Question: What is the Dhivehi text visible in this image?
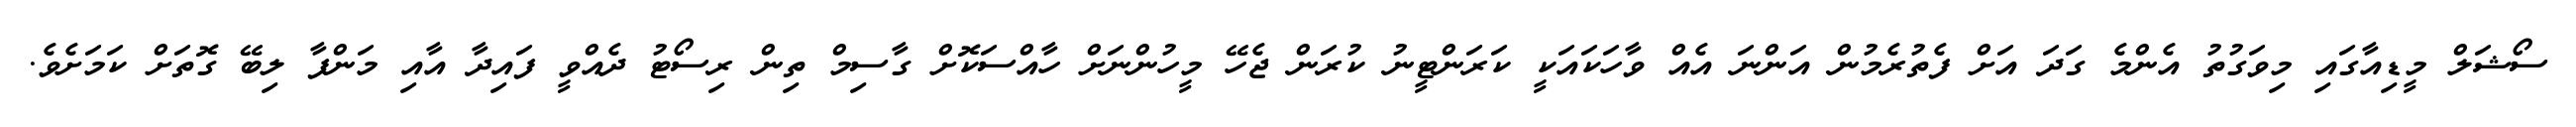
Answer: ސޯޝަލް މީޑިއާގައި މިވަގުތު އެންމެ ގަދަ އަށް ފެތުރެމުން އަންނަ އެއް ވާހަކައަކީ ކަރަންޓީނު ކުރަން ޖެހޭ މީހުންނަށް ހާއްސަކޮށް ގާސިމް ތިން ރިސޯޓު ދެއްވީ ފައިދާ އާއި މަންފާ ލިބޭ ގޮތަށް ކަމަށެވެ.